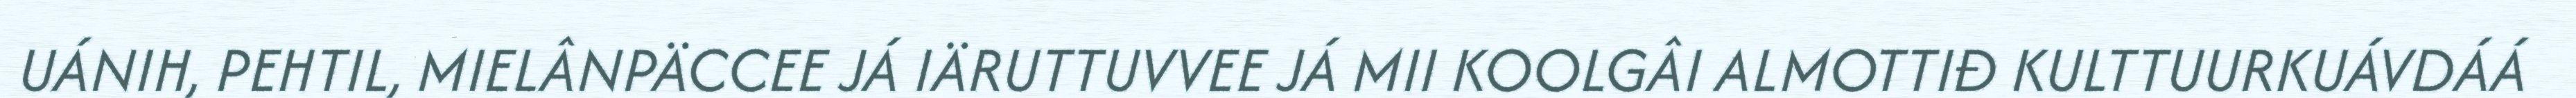
UÁNIH, PEHTIL, MIELÂNPÄCCEE JÁ IÄRUTTUVVEE JÁ MII KOOLGÂI ALMOTTIĐ KULTTUURKUÁVDÁÁ